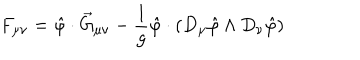
F _ { \mu \nu } = \hat { \varphi } \cdot \vec { G } _ { \mu \nu } - \frac { 1 } { g } \hat { \varphi } \cdot \left( D _ { \mu } \hat { \varphi } \wedge D _ { \nu } \hat { \varphi } \right)